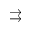
\rightrightarrows